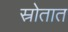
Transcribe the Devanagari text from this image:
स्रोतात